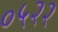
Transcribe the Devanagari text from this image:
०५२२